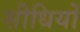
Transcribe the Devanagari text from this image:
सीधियों